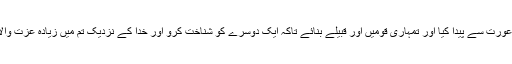
ہم نے تم کو ایک مرد اور ایک عورت سے پیدا کیا اور تمہاری قومیں اور قبیلے بنائے تاکہ ایک دوسرے کو شناخت کرو اور خدا کے نزدیک تم میں زیادہ عزت والا وہ ہے جو زیادہ پرہیزگار ہے۔